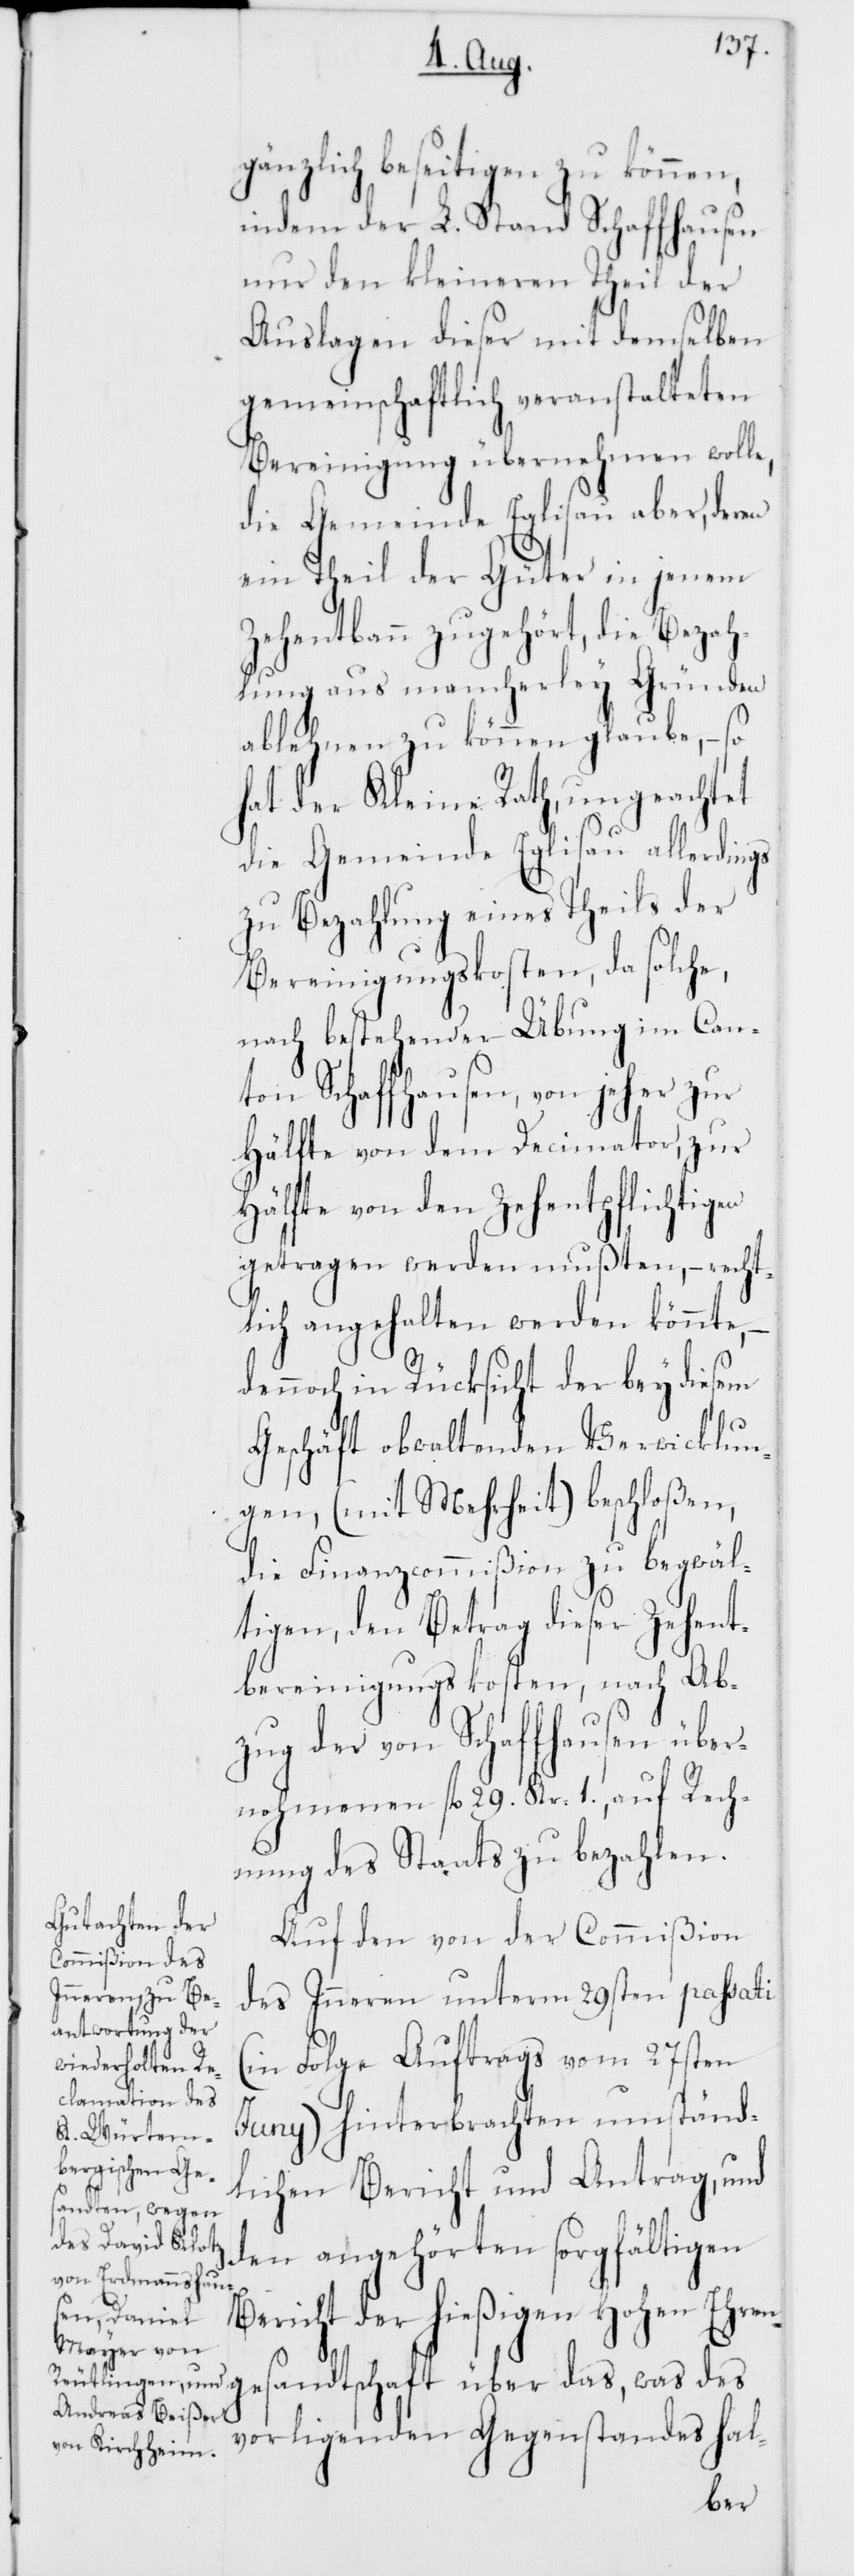
gänzlich beseitigen zu können,
indem der L. Stand Schaffhausen
nur den kleineren Theil der
Auslagen dieser mit demselben
gemeinschaftlich veranstalteten
Bereinigung übernehmen wolle,
die Gemeinde Eglisau aber, deren
ein Theil der Güter in jenem
Zehentbann zugehört, die Bezah¬
lung aus mancherley Gründen
ablehnen zu können glaube, – so
hat der Kleine Rath, ungeachtet
die Gemeinde Eglisau allerdings
zu Bezahlung eines Theils der
Bereinigungskosten, da solche,
nach bestehender Übung im Can¬
ton Schaffhausen, von jeher zur
Hälfte von dem Decimator, zur
Hälfte von den Zehentpflichtigen
getragen werden mußten, – recht¬
lich angehalten werden könnte,
dennoch in Rücksicht der bey diesem
Geschäft obwaltenden Verwicklun¬
gen (mit Mehrheit) beschloßen,
die Finanzcommißion zu begwäl¬
tigen, den Betrag dieser Zehent¬
bereinigungskosten, nach Ab¬
zug der von Schaffhausen über¬
nohmenen fl. 29. Kr. 1., auf Rech¬
nung des Staats zu bezahlen.
Auf den von der Commißion
des Inneren unterm 29sten passati
(in Folge Auftrags vom 27sten
Juny) hinterbrachten umständ¬
lichen Bericht und Antrag, und
den angehörten sorgfältigen
Bericht der hießigen Hohen Ehren¬
gesandtschaft über das, was des
vorligenden Gegenstandes hal-